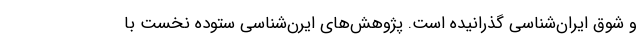
و شوق ایران‌شناسی گذرانیده است. پژوهش‌های ایرن‌شناسیِ ستوده نخست با